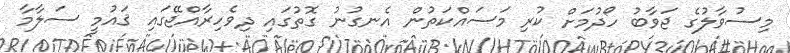
މިސުވާލުގެ ޖަވާބު ހޯދުމަށް ކުރި މަސައްކަތުން އެނގުނު ގޮތުގައި ދިވެހިރާއްޖޭގައި ޤައުމީ ސަލާމާ